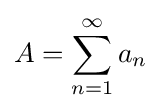
A=\sum _{n=1}^{\infty }a_{n}